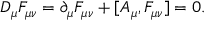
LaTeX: D _ { \mu } F _ { \mu \nu } = \partial _ { \mu } F _ { \mu \nu } + [ A _ { \mu } , F _ { \mu \nu } ] = 0 .